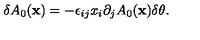
\delta A _ { 0 } ( { \bf x } ) = - \epsilon _ { i j } x _ { i } \partial _ { j } A _ { 0 } ( { \bf x } ) \delta \theta .